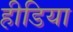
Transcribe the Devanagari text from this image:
हीडिया